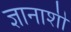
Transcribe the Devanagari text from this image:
ज्ञानाशी